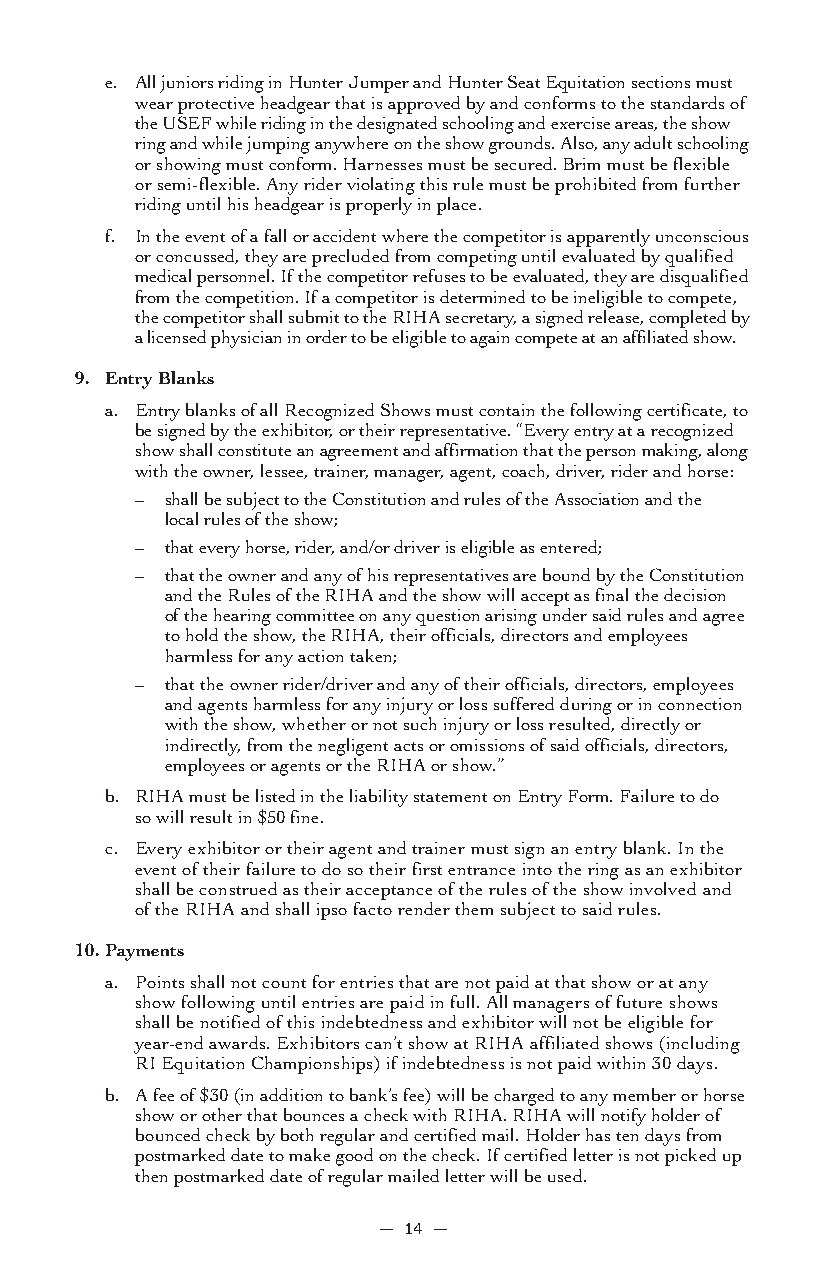
e. All juniors riding in Hunter Jumper and Hunter Seat Equitation sections must
 wear protective headgear that is approved by and conforms to the standards of
 the USEF while riding in the designated schooling and exercise areas, the show
 ring and while jumping anywhere on the show grounds. Also, any adult schooling
 or showing must conform. Harnesses must be secured. Brim must be flexible
 or semi-flexible. Any rider violating this rule must be prohibited from further
 riding until his headgear is properly in place.
 f. In the event of a fall or accident where the competitor is apparently unconscious
 or concussed, they are precluded from competing until evaluated by qualified
 medical personnel. If the competitor refuses to be evaluated, they are disqualified
 from the competition. If a competitor is determined to be ineligible to compete,
 the competitor shall submit to the RIHA secretary, a signed release, completed by
 a licensed physician in order to be eligible to again compete at an affiliated show.
 9. Entry Blanks
 a. Entry blanks of all Recognized Shows must contain the following certificate, to
 be signed by the exhibitor, or their representative. “Every entry at a recognized
 show shall constitute an agreement and affirmation that the person making, along
 with the owner, lessee, trainer, manager, agent, coach, driver, rider and horse:
 – shall be subject to the Constitution and rules of the Association and the
 local rules of the show;
 – that every horse, rider, and/or driver is eligible as entered;
 – that the owner and any of his representatives are bound by the Constitution
 and the Rules of the RIHA and the show will accept as final the decision
 of the hearing committee on any question arising under said rules and agree
 to hold the show, the RIHA, their officials, directors and employees
 harmless for any action taken;
 – that the owner rider/driver and any of their officials, directors, employees
 and agents harmless for any injury or loss suffered during or in connection
 with the show, whether or not such injury or loss resulted, directly or
 indirectly, from the negligent acts or omissions of said officials, directors,
 employees or agents or the RIHA or show.”
 b. RIHA must be listed in the liability statement on Entry Form. Failure to do
 so will result in $50 fine.
 c. Every exhibitor or their agent and trainer must sign an entry blank. In the
 event of their failure to do so their first entrance into the ring as an exhibitor
 shall be construed as their acceptance of the rules of the show involved and
 of the RIHA and shall ipso facto render them subject to said rules.
 10.Payments
 a. Points shall not count for entries that are not paid at that show or at any
 show following until entries are paid in full. All managers of future shows
 shall be notified of this indebtedness and exhibitor will not be eligible for
 year-end awards. Exhibitors can’t show at RIHA affiliated shows (including
 RI Equitation Championships) if indebtedness is not paid within 30 days.
 b. A fee of $30 (in addition to bank’s fee) will be charged to any member or horse
 show or other that bounces a check with RIHA. RIHA will notify holder of
 bounced check by both regular and certified mail. Holder has ten days from
 postmarked date to make good on the check. If certified letter is not picked up
 then postmarked date of regular mailed letter will be used.
 — 14 —